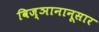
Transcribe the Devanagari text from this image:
विज्ञानानूसार